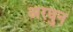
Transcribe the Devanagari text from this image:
अरघुन